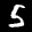
Label: 5